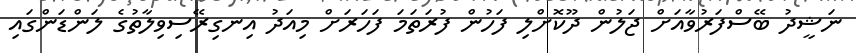
ނަޝީދު ބޭސްފަރުވާއަށް ޖަލުން ދޫކޮށްލި ފަހުން ފުރަތަމަ ފަހަރަށް މިއަދު އިނގިރޭސިވިލާތުގެ ލަންޑަންގައި